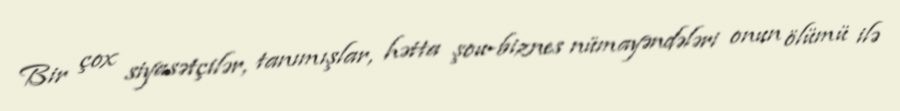
Bir çox siyasətçilər, tanımışlar, hətta şou-biznes nümayəndələri onun ölümü ilə